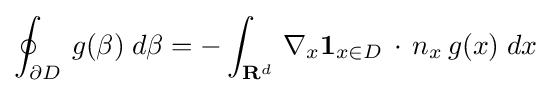
\oint _{\partial D}\,g(\beta )\;d\beta =-\int _{\mathbf {R} ^{d}}\,\nabla _{x}\mathbf {1} _{x\in D}\,\cdot \,n_{x}\,g(x)\;dx